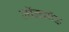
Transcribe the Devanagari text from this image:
लॉन्चपॅड